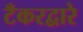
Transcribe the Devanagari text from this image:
टँकरद्वारे